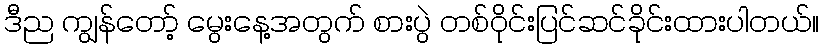
ဒီည ကျွန်တော့် မွေးနေ့အတွက် စားပွဲ တစ်ဝိုင်းပြင်ဆင်ခိုင်းထားပါတယ်။